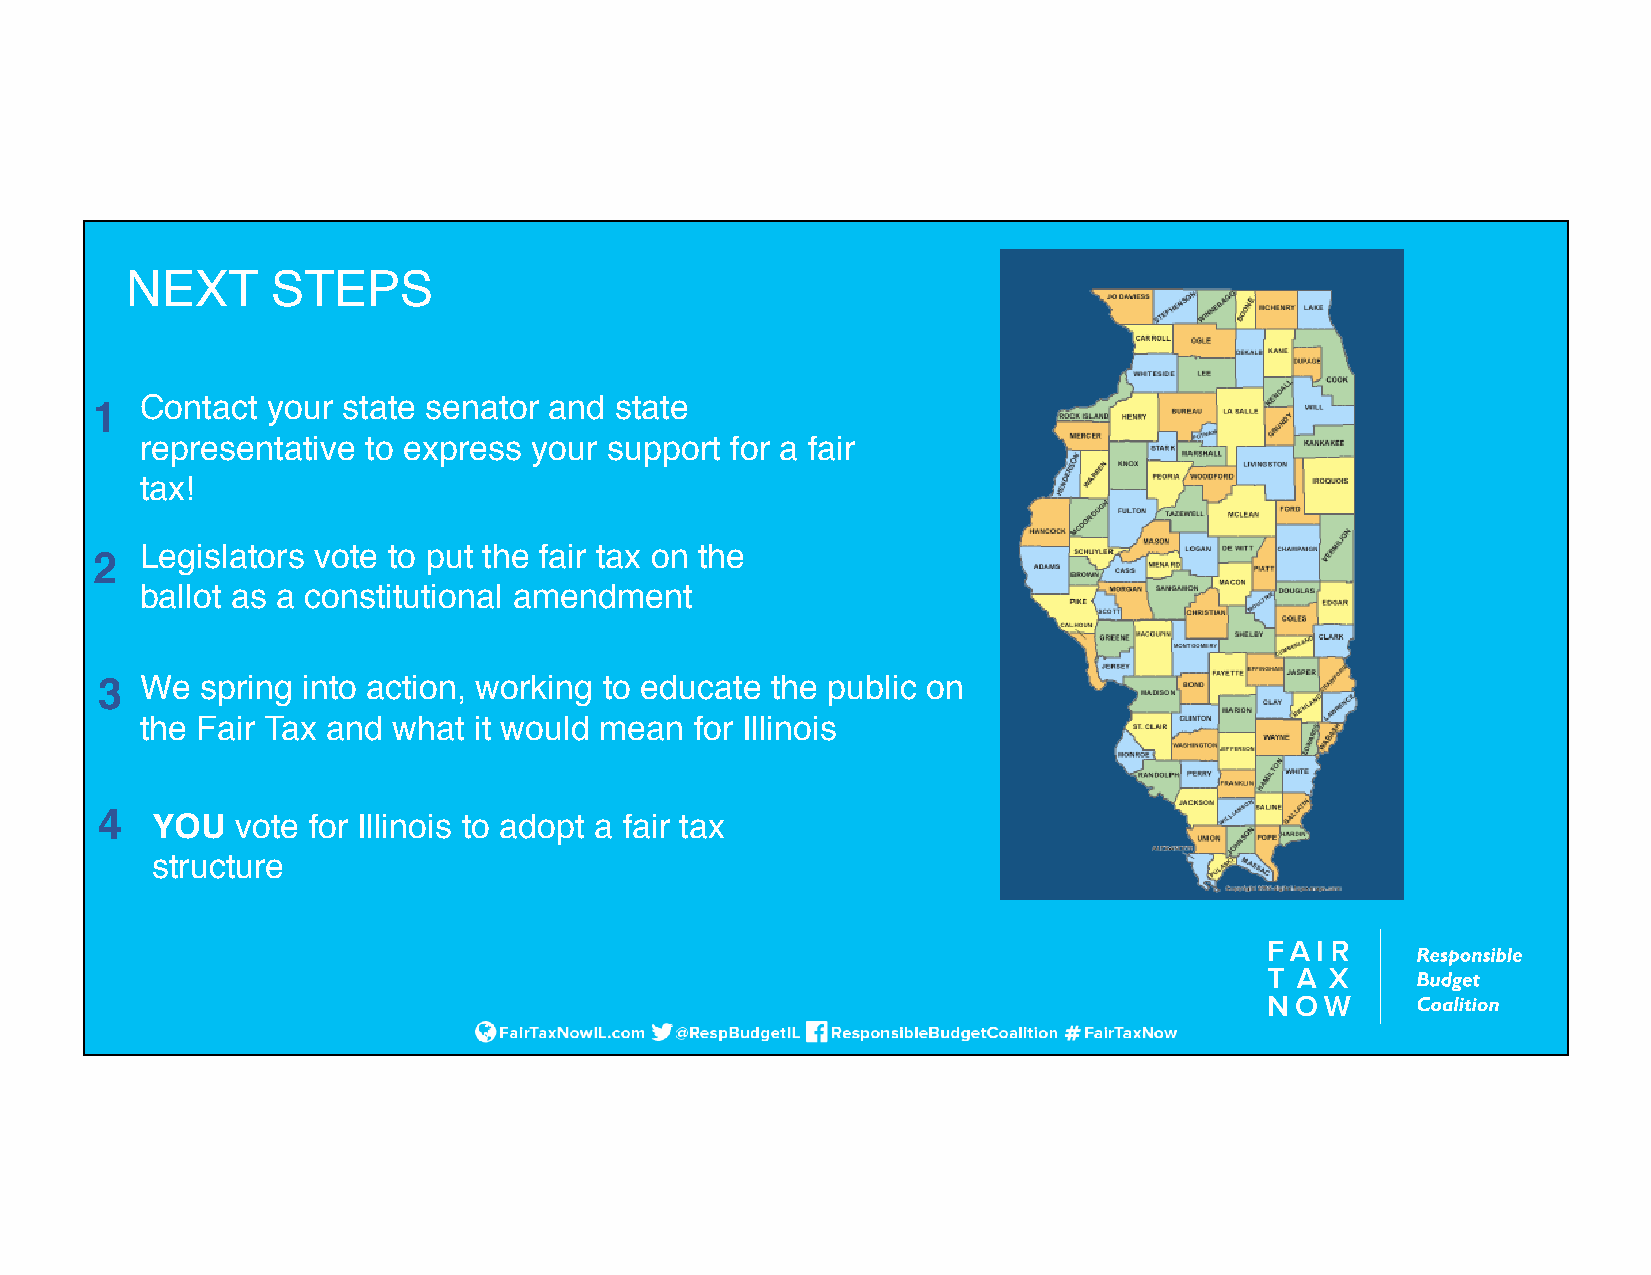
NEXT      STEPS
 1  Contact  your state senator and state
 representative to express your support for a fair
 tax!
 Legislators vote to put the fair tax on the
 2
 ballot as a constitutional amendment
 3 We  spring into action, working to educate the public on
 the Fair Tax and what it would mean  for Illinois
 4  YOU   vote for Illinois to adopt a fair tax
 structure